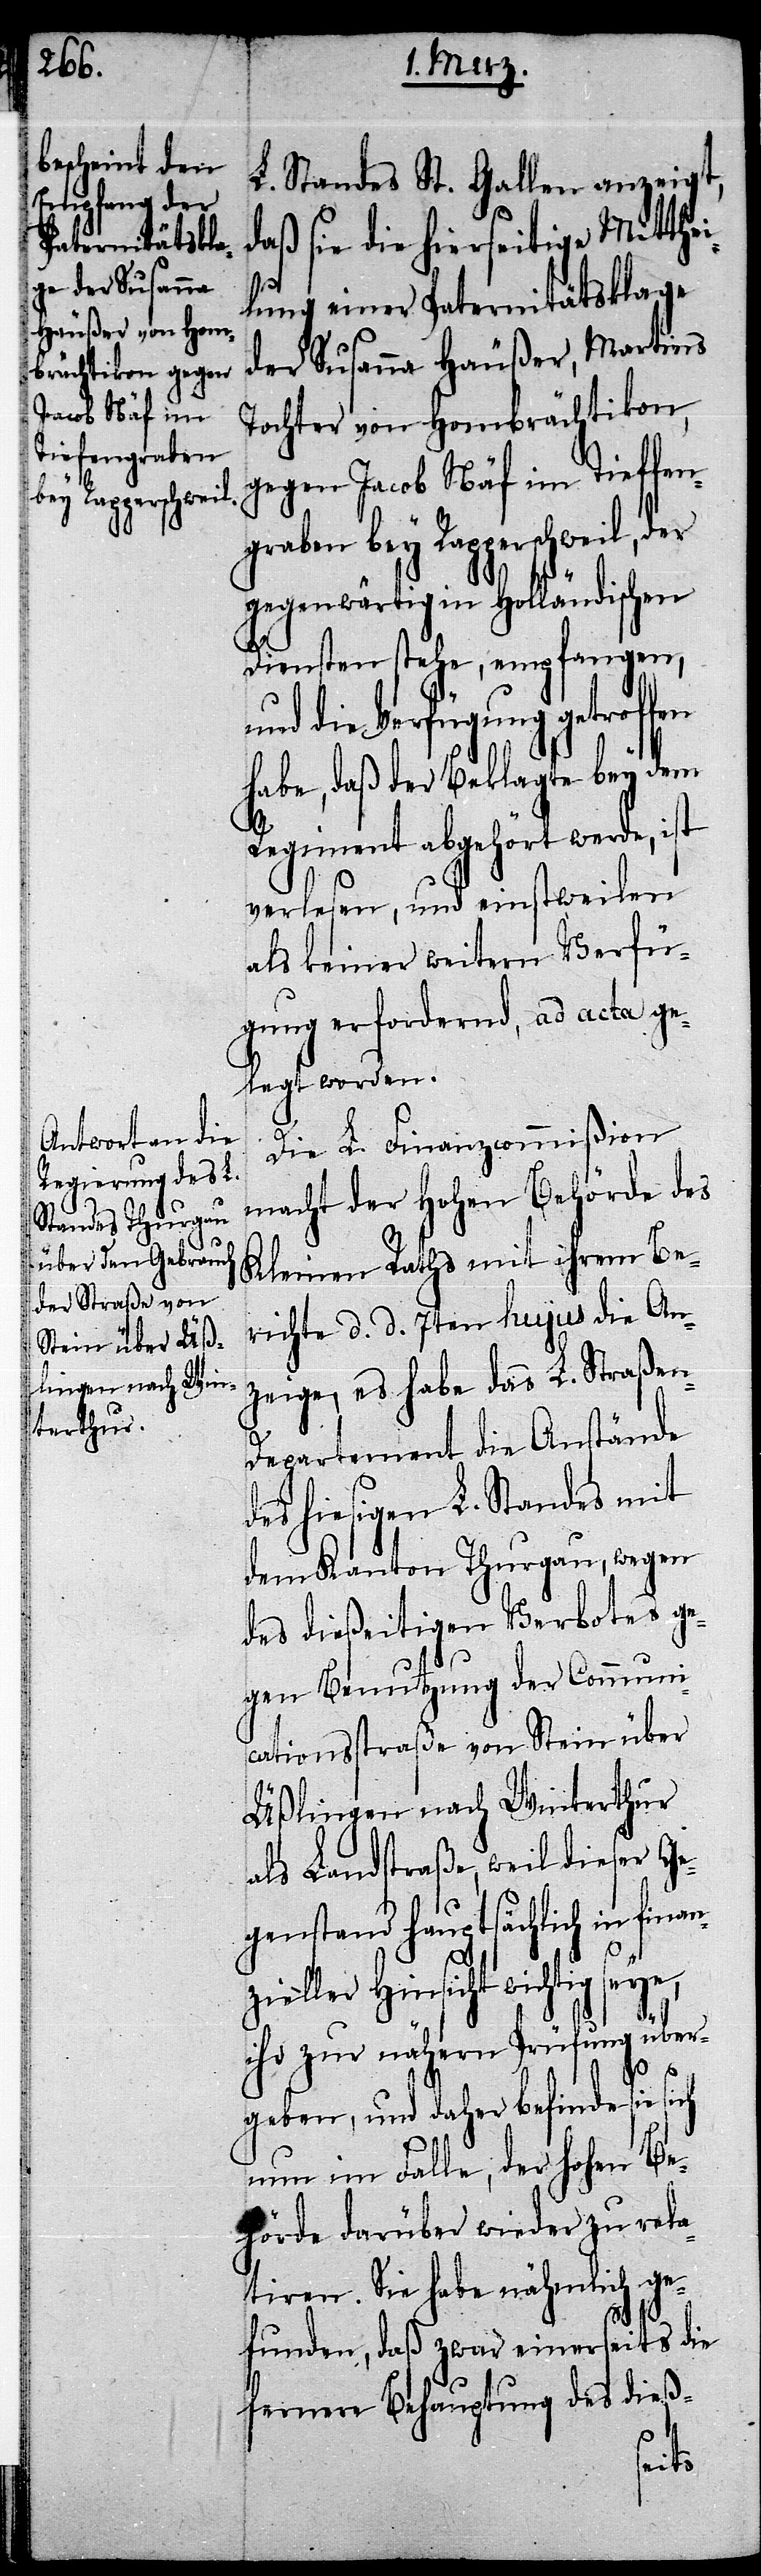
L. Standes St. Gallen anzeigt,
daß sie die hierseitige Mitthei¬
lung einer Paternitätsklage
der Susanne Häußer, Martins
Tochter von Hombrächtikon,
gegen Jacob Näf im Tieffen¬
graben bey Rapperschweil, der
gegenwärtig in Holländischen
Diensten stehe, empfangen,
und die Verfügung getrof¬
habe, daß der Beklagte bey dem
Regiment abgehört werde, ist
verlesen, und einstweilen
als keiner weitern Verfü¬
gung erfordernd, ad acta ge¬
legt worden.
Die L. Finanzcommißion
macht der Hohen Behörde des
Kleinen Raths mit ihrem Be¬
richte d. d. 7ten hujus die An¬
zeige, es habe das L. Straßen-D¬
epartement die Anstände
des hiesigen L. Standes mit
dem Kanton Thurgau, wegen
des dießeitigen Verbotes ge¬
gen Benutzung der Communi¬
cationsstraße von Stein über
Üßlingen nach Winterthur
als Landstraße, weil dieser Ge¬
genstand hauptsächlich in
nzieller Hinsicht wichtig seye,
ihr zur nähern Prüfung über¬
geben, und daher befinde sie sich
nun im Falle, der hohen Be¬
hörde darüber wieder zu rela¬
tiren. Sie habe nähmlich ge¬
fen
funden, daß zwar einerseits die
fernere Behauptung des dieß-
fina¬